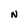
Character: N